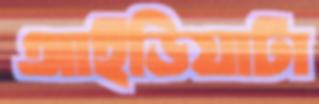
আইডিয়াটা